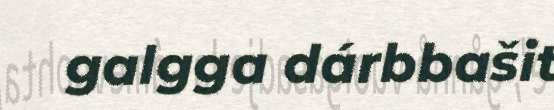
galgga dárbbašit